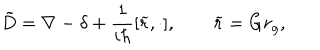
\tilde { D } = \nabla - \delta + \frac 1 { i \hbar } [ \widetilde { r } , \cdot ] , \qquad \widetilde { r } = G r _ { g } ,